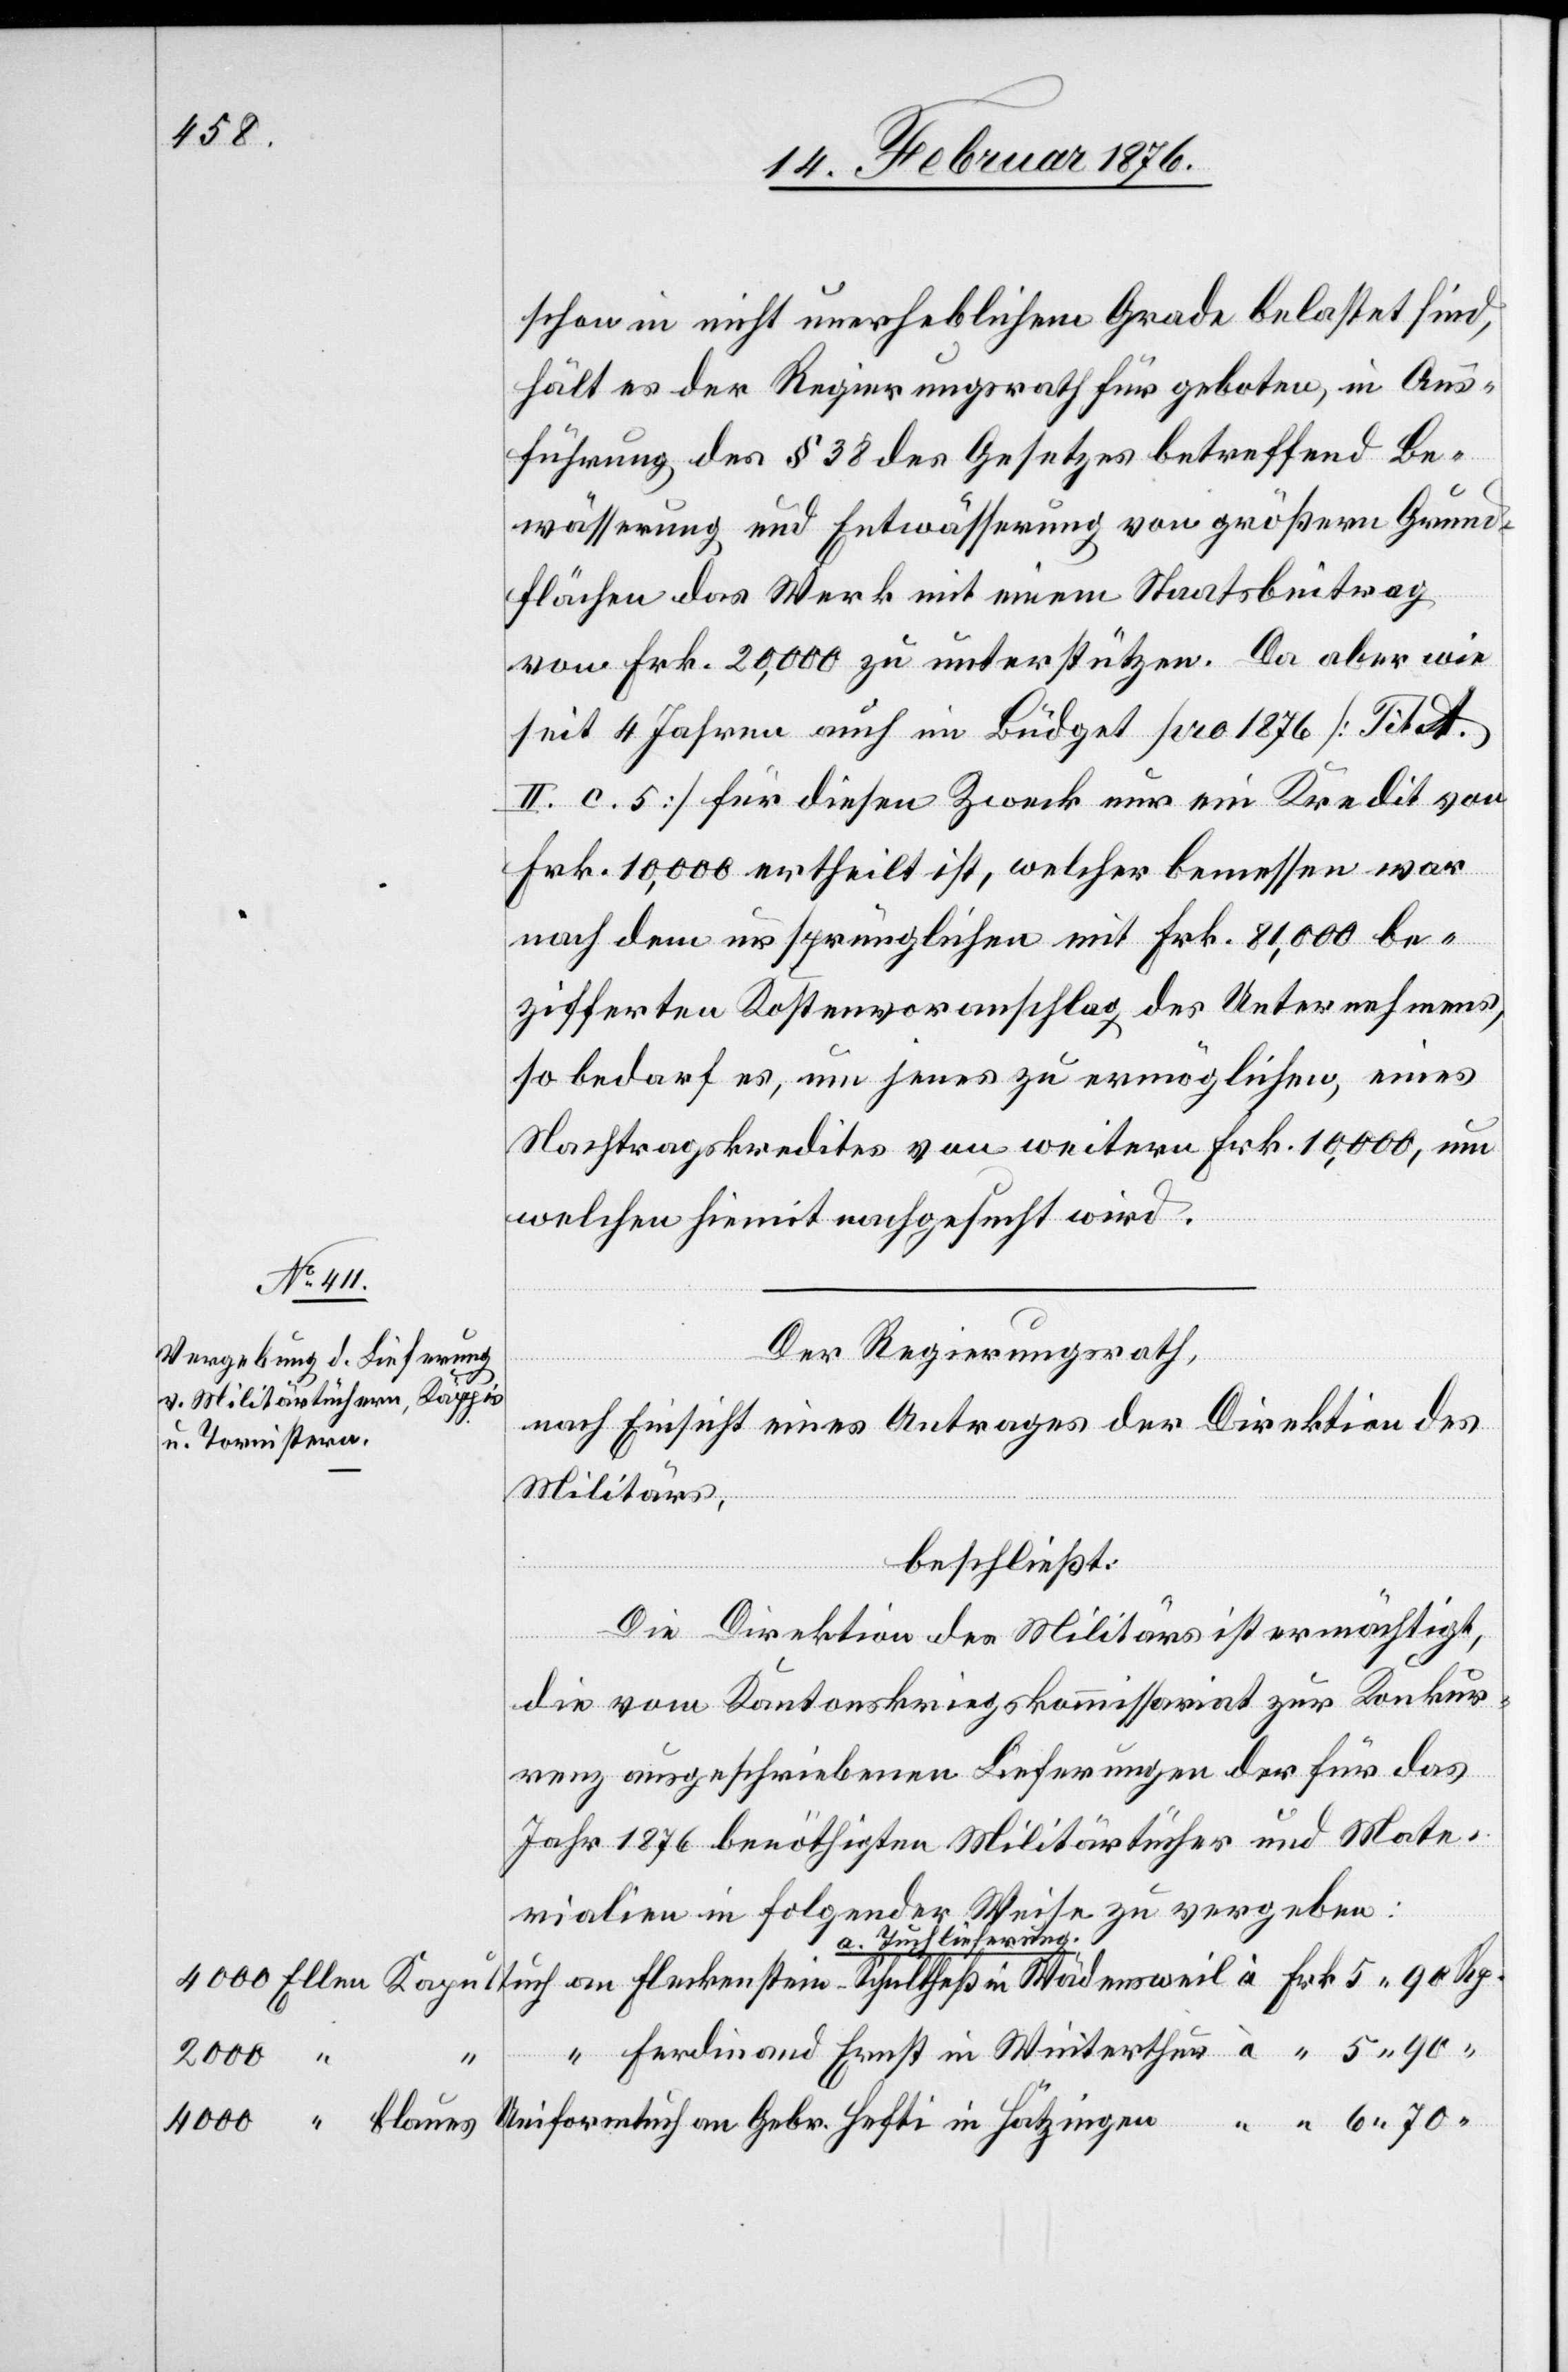
17. Februar 1876.]
schon in nicht unerheblichem Grade belastet sind,
hält es der Regierungsrath für geboten, in Aus¬
führung des § 38 des Gesetzes betreffend Be¬
5
wässerung und Entwässerung von größern Grund¬
flächen das Werk mit einem Staatsbeitrag
von Frk. 20,000 zu unterstützen. Da aber wie
seit 4 Jahren auch im Büdget pro 1876 [Tit
II. c. 5] für diesen Zweck nur ein Kredit von
Frk. 10,000 ertheilt ist, welcher bemessen war
nach dem ursprünglichen mit Frk. 81,000 be¬
zifferten Kostenvoranschlag des Unternehmens,
so bedarf es, um jenes zu ermöglichen, eines
Nachtragskredites von weitern Frk. 10,000, um
welchen hiemit nachgesucht wird.
Der Regierungsrath,
nach Einsicht eines Antrages der Direktion des
Militärs,
Hätzingen
“
beschließt:
Die Direktion des Militärs ist ermächtigt,
die vom Kantonskriegskommissariat zur Konkur¬
renz ausgeschriebenen Lieferungen der für das
Jahr 1876 benöthigten Militärtücher und Mate¬
rialien in folgender Weise zu vergeben:
a. Tuchlieferung.
Ferdinand Ernst in Winterthur
4000

in